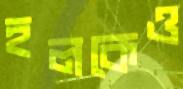
হলকেও